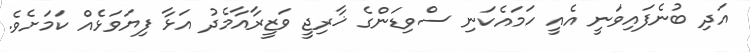
އަދި ބުނެފައިވަނީ އެއީ ހަމައެކަނި ސްވިޑަންގެ ޚާރިޖީ ވަޒީރާއާމެދު އަޅާ ފިޔަވަޅެއް ކަމަށެވެ.